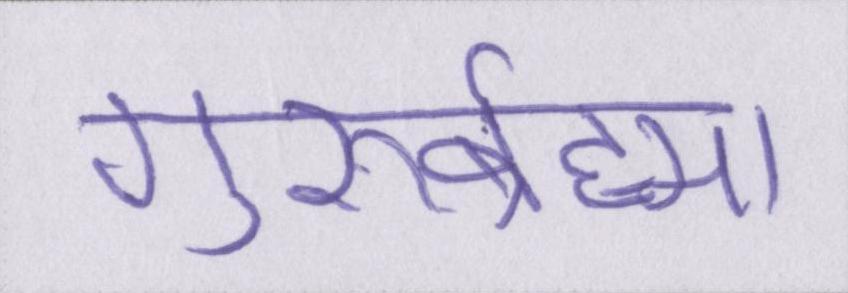
गुरुर्ब्रह्मा